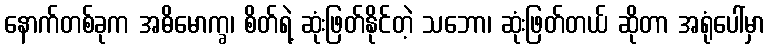
နောက်တစ်ခုက အဓိမောက္ခ၊ စိတ်ရဲ့ ဆုံးဖြတ်နိုင်တဲ့ သဘော၊ ဆုံးဖြတ်တယ် ဆိုတာ အရုံပေါ်မှာ